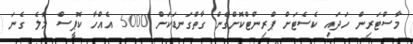
މާސްޓަރިން ހަދައި ކެސެޓަށް ޕްރިންޓްކޮށްގެން ގާތްގަނޑަކަށް 5000 އެއްހާ ކޮޕީސް މާލެ ގެނަ